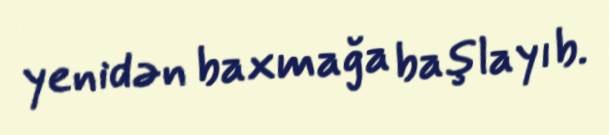
yenidən baxmağa başlayıb.